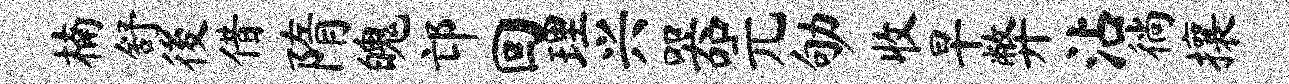
楠舒後借隋魄邙回理兴器元劬收早弊沾徜攘